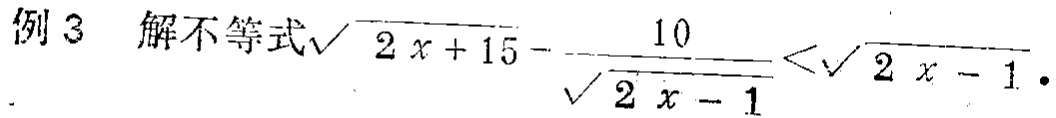
例3 解不等式\(\sqrt{2x + 15}-\frac{10}{\sqrt{2x - 1}}<\sqrt{2x - 1}\)